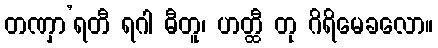
တဏှာ’ရတီ ရဂါ ဓီတူ၊ ဟတ္ထီ တု ဂိရိမေခလော။